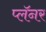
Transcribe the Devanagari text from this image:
प्लॅनर